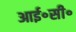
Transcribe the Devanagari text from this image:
आई॰सी॰